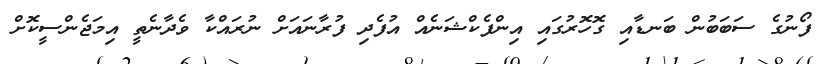
ފޯނުގެ ސަބަބުން ބަނޑާއި ގޮހޮރުގައި އިންފެކްޝަނެއް އުފެދި ފުރާނައަށް ނުރައްކާ ވެދާނެތީ އިމަޖެންސީކޮށް